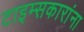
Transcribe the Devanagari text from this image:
टाइम्सकारांना